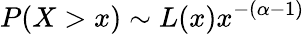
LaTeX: P(X>x)\sim L(x)x^{-(\alpha-1)}